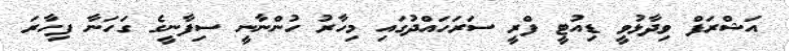
އަޝްރަފް ވިދާޅުވީ ޑިއުޓީ ފްރީ ސަރަހައްދުގައި މިހާރު ހުންނާނީ ސިފާނީގެ ގަހަނާ ފިހާރަ